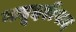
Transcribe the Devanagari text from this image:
नबूदरीपाद